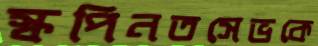
স্কপিনতসেভকে